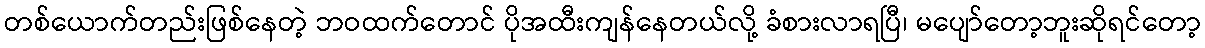
တစ်ယောက်တည်းဖြစ်နေတဲ့ ဘဝထက်တောင် ပိုအထီးကျန်နေတယ်လို့ ခံစားလာရပြီ၊ မပျော်တော့ဘူးဆိုရင်တော့